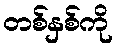
တစ်နှစ်ကို